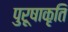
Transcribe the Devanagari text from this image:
पुरूषाकृति